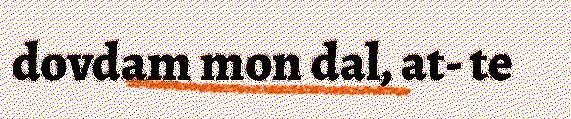
dovdam mon dal, at- te